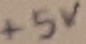
Text: +5V